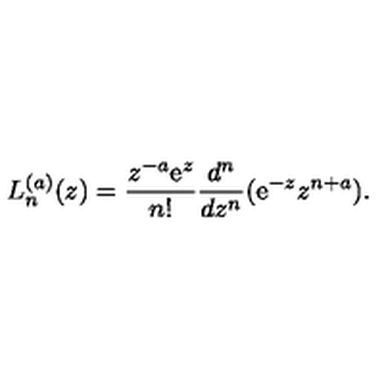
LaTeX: L _ { n } ^ { ( a ) } ( z ) = \frac { z ^ { - a } \mathrm { e } ^ { z } } { n ! } \frac { d ^ { n } } { d z ^ { n } } ( \mathrm { e } ^ { - z } z ^ { n + a } ) .